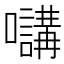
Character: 𡄧